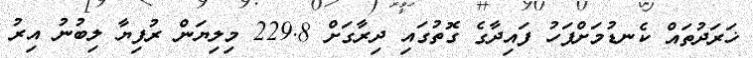
ޚަރަދުތައް ކެނޑުމަށްފަހު ފައިދާގެ ގޮތުގައި ދިރާގަށް 229.8 މިލިޔަން ރުފިޔާ ލިބުނު އިރު